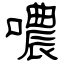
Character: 噥